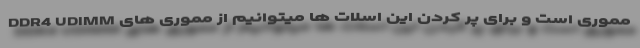
مموری است و برای پر کردن این اسلات ها میتوانیم از مموری های DDR4 UDIMM